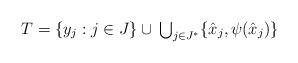
LaTeX: \begin{align*}T=\{y_j : j\in J\}\cup \,\mbox{$\bigcup_{j\in J^*}$}\{\hat{x}_j,\psi(\hat{x}_j)\}\end{align*}